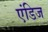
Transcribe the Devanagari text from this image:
एंडिज